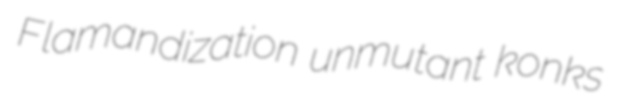
Flamandization unmutant konks